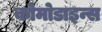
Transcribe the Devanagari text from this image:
कोमोडाइन्स